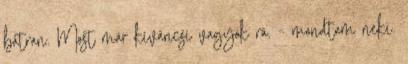
bátran. Most már kíváncsi vagyok rá. - mondtam neki.